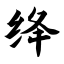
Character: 绛